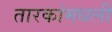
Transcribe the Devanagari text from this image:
तारकांमधली